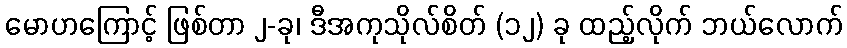
မောဟကြောင့် ဖြစ်တာ ၂-ခု၊ ဒီအကုသိုလ်စိတ် (၁၂) ခု ထည့်လိုက် ဘယ်လောက်